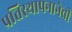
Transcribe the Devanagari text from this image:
प्रतिस्थापनानेची